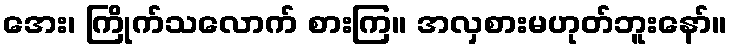
အေး၊ ကြိုက်သလောက် စားကြ။ အလှစားမဟုတ်ဘူးနော်။